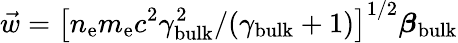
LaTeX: \vec{w}=\left[n_{\mathrm{e}}m_{\mathrm{e}}c^{2}\gamma_{\mathrm{bulk}}^{2}/(\gamma_{\mathrm{bulk}}+1)\right]^{1/2}\boldsymbol{\beta}_{\mathrm{bulk}}